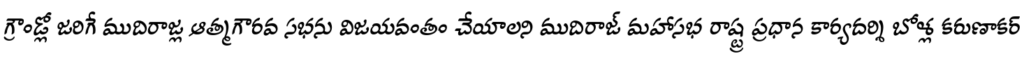
గ్రౌండ్లో జరిగే ముదిరాజ్ల ఆత్మగౌరవ సభను విజయవంతం చేయాలని ముదిరాజ్ మహాసభ రాష్ట్ర ప్రధాన కార్యదర్శి బోళ్ల కరుణాకర్